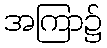
အကြာ၌